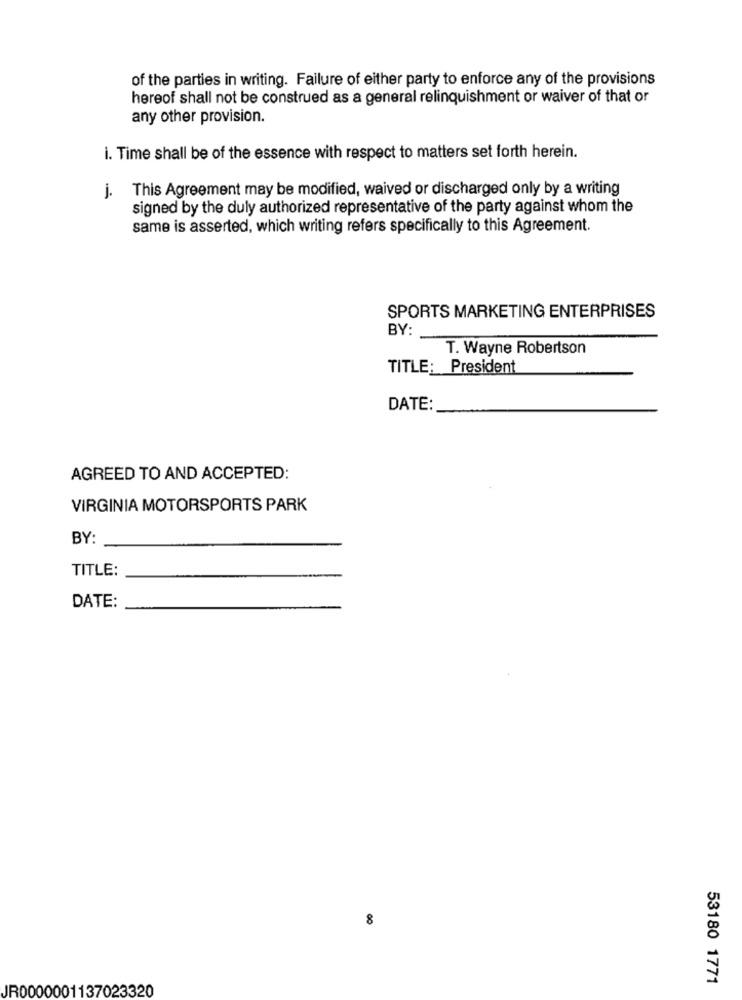
of the parties in writing. Failure of either party to enforce any of the provisions
hereof shall not be construed as a general relinquishment or waiver of that or
any other provision.
i. Time shall be of the essence with respect to matters set forth herein.
j. This Agreement may be modified, waived or discharged only by a writing
signed by the duly authorized representative of the party against whom the
same is asserted, which writing refers specifically to this Agreement.
SPORTS MARKETING ENTERPRISES
BY:
T. Wayne Robertson
TITLE: President
DATE:
AGREED TO AND ACCEPTED:
VIRGINIA MOTORSPORTS PARK
BY:
TITLE:
DATE:
8
53180 1771
JR0000001137023320